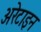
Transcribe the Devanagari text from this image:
अरेटाइन